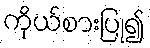
ကိုယ်စားပြု၍